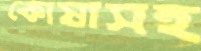
কোষাসহ